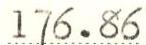
176.86